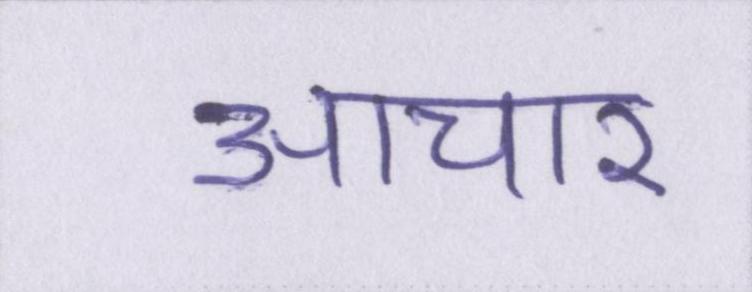
आचार